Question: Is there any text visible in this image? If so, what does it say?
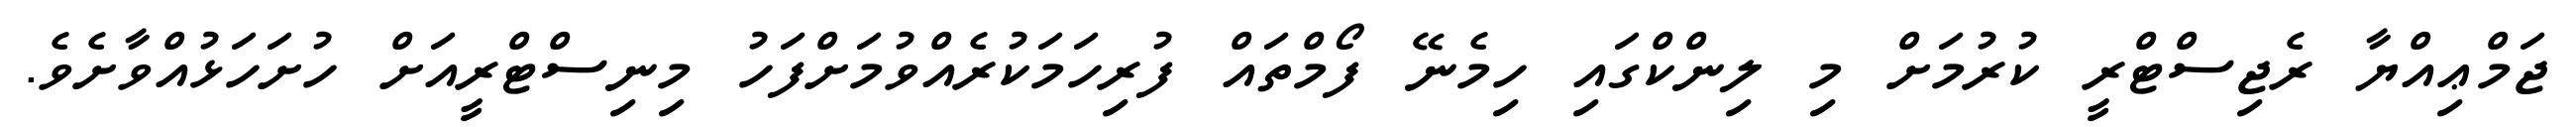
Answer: ޖަމްޢިއްޔާ ރެޖިސްޓްރީ ކުރުމަށް މި ލިންކްގައި ހިމެނޭ ފޯމްތައް ފުރިހަމަކުރެއްވުމަށްފަހު މިނިސްޓްރީއަށް ހުށަހަޅުއްވާށެވެ.